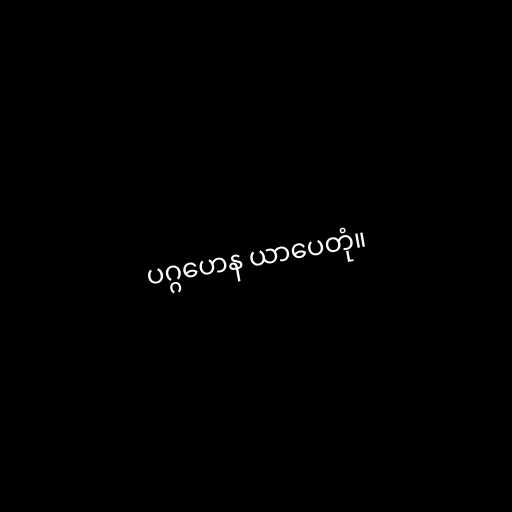
ပဂ္ဂဟေန ယာပေတုံ။